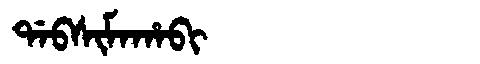
Manchu: ᡩᠠᠪᠰᡳᠮᠠᡥᠠᠪᡳ
Romanization: DABSIMAHABI